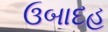
ઉબાદહ